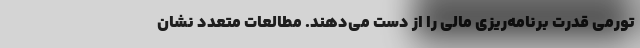
تورمی قدرت برنامه‌ریزی مالی را از دست می‌دهند. مطالعات متعدد نشان